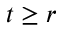
t \geq r